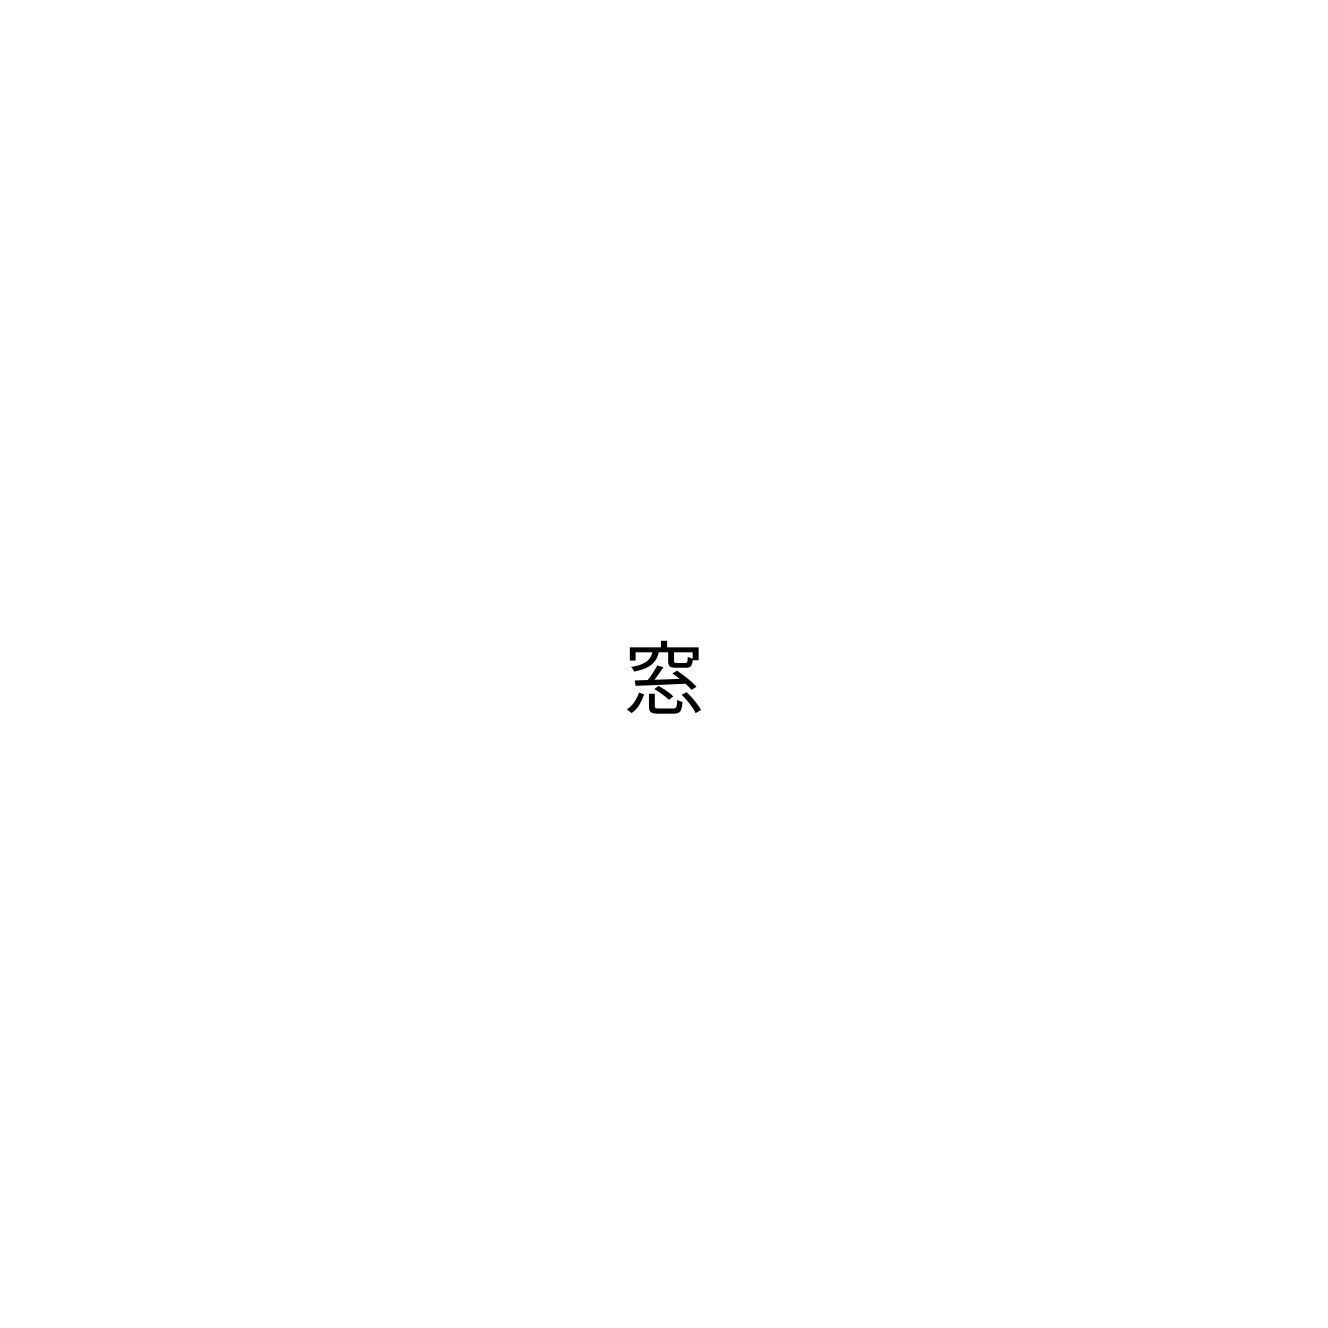
窓